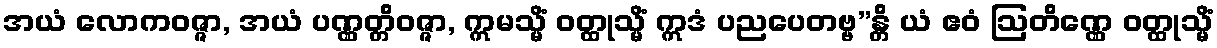
အယံ လောကဝဇ္ဇာ, အယံ ပဏ္ဏတ္တိဝဇ္ဇာ, ဣမသ္မိံ ဝတ္ထုသ္မိံ ဣဒံ ပညပေတဗ္ဗ”န္တိ ယံ ဧဝံ ဩတိဏ္ဏေ ဝတ္ထုသ္မိံ